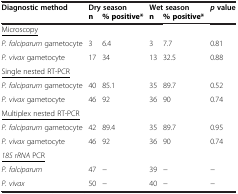
<table><thead><tr><td><b>Diagnostic method</b></td><td colspan="2"><b>Dry season</b></td><td colspan="2"><b>Wet season</b></td><td><b><i>p</i> value</b></td></tr></thead><tbody><tr><td>[EMPTY_CELL]</td><td><b>n</b></td><td><b>% positive*</b></td><td><b>n</b></td><td><b>% positive*</b></td><td>[EMPTY_CELL]</td></tr><tr><td><underline>Microscopy</underline></td><td>[EMPTY_CELL]</td><td>[EMPTY_CELL]</td><td>[EMPTY_CELL]</td><td>[EMPTY_CELL]</td><td>[EMPTY_CELL]</td></tr><tr><td><i>P. falciparum</i> gametocyte</td><td>3</td><td>6.4</td><td>3</td><td>7.7</td><td>0.81</td></tr><tr><td><i>P. vivax</i> gametocyte</td><td>17</td><td>34</td><td>13</td><td>32.5</td><td>0.88</td></tr><tr><td><underline>Single nested RT-PCR</underline></td><td>[EMPTY_CELL]</td><td>[EMPTY_CELL]</td><td>[EMPTY_CELL]</td><td>[EMPTY_CELL]</td><td>[EMPTY_CELL]</td></tr><tr><td><i>P. falciparum</i> gametocyte</td><td>40</td><td>85.1</td><td>35</td><td>89.7</td><td>0.52</td></tr><tr><td><i>P. vivax</i> gametocyte</td><td>46</td><td>92</td><td>36</td><td>90</td><td>0.74</td></tr><tr><td><underline>Multiplex nested RT-PCR</underline></td><td>[EMPTY_CELL]</td><td>[EMPTY_CELL]</td><td>[EMPTY_CELL]</td><td>[EMPTY_CELL]</td><td>[EMPTY_CELL]</td></tr><tr><td><i>P. falciparum</i> gametocyte</td><td>42</td><td>89.4</td><td>35</td><td>89.7</td><td>0.95</td></tr><tr><td><i>P. vivax</i> gametocyte</td><td>46</td><td>92</td><td>36</td><td>90</td><td>0.74</td></tr><tr><td><i><underline>18S rRNA</underline></i><underline>PCR</underline></td><td>[EMPTY_CELL]</td><td>[EMPTY_CELL]</td><td>[EMPTY_CELL]</td><td>[EMPTY_CELL]</td><td>[EMPTY_CELL]</td></tr><tr><td><i>P. falciparum</i></td><td>47</td><td>−</td><td>39</td><td>−</td><td>−</td></tr><tr><td><i>P. vivax</i></td><td>50</td><td>−</td><td>40</td><td>−</td><td>−</td></tr></tbody></table>